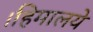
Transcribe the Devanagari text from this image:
।हिमालये